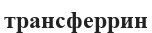
трансферрин